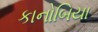
કાનોબિયા